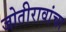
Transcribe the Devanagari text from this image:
जोतीरावांचा